Papers set at the Examination for Leaving Certificates, 1893
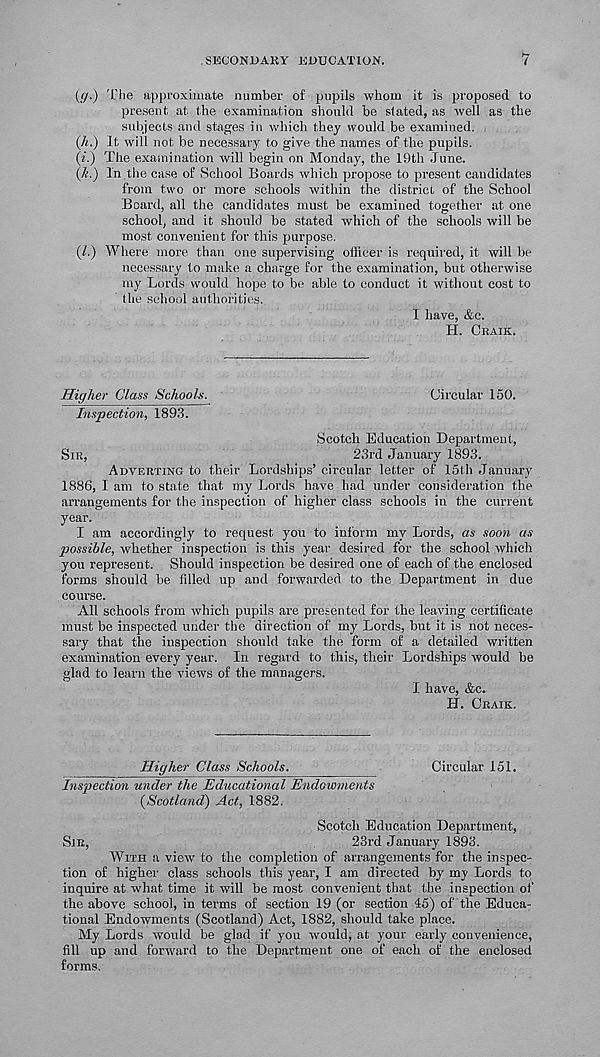
S15CONDAKY EDUCATION.
7
(</.) 'Hie approximate number of pupils whom it is proposed to
present at the examination should be stated, as well as the
subjects and stages in which they would be examined.
(h.) It will not be necessary to give the names of the pupils.
(«.) The examination will begin on Monday, the I9th June.
(/■.) In the case of School Boards which propose to present candidates
from two or more schools within the district of the School
Board, all the candidates must be examined together at one
school, and it should be stated which of the schools will be
most convenient for this purpose.
(/.) Where more than one supervising officer is required, it will be
necessary to make a charge for the examination, but otherwise
my Lords would hope to be able to conduct it without cost to
the school authorities.
I have, &c.
H. CRAIK.
Higher Class Schools.
Circular 150.
Inspection, 1893.
Scotch Education Department,
SIR,
23rd January 1893.
ADVERTING to their Lordships’ circular letter of 15th January
1886, I am to state that my Lords have had under consideration the
arrangements for the inspection of higher class schools in the current
year.
I am accordingly to request you to inform my Lords, as soon as
possible, whether inspection is this year desired for the school which
you represent. Should inspection be desired one of each of the enclosed
forms should be filled up and forwarded to the Department in due
course.
All schools from which pupils are presented for the leaving certificate
must be inspected under the direction of my Lords, but it is not neces-
sary that the inspection should take the form of a detailed written
examination every year. In regard to this, their Lordships would be
glad to learn the views of the managers.
I have, &c.
H. CRAIK.
Higher Class Schools.
Circular 151.
Inspection under the Educational Endowments
(Scotland) Act, 1882.
Scotch Education Department,
SIR,
23rd January 1893.
WITH a view to the completion of arrangements for the inspec-
tion of higher class schools this year, I am directed by my Lords to
inquire at what time it will be most convenient that the inspection of
the above school, in terms of section 19 (or section 45) of the Educa-
tional Endowments (Scotland) Act, 1882, should take place.
My Lords would be glad if you would, at your early convenience,
fill up and forward to the Department one of each of the enclosed
forms.